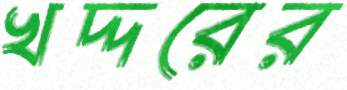
খদ্দরের